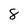
Character: 8